Report of the Municipal Commissioner on the plague in Bombay for the year ending 31st May... - Volume 2
Disease focus: Plague
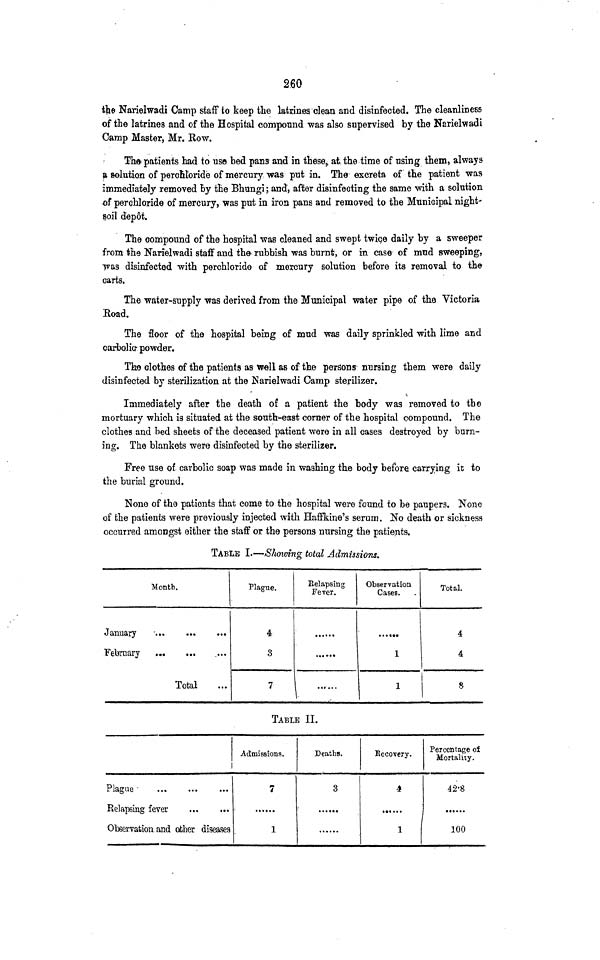
260
the Narielwadi Camp staff to keep the latrines clean and disinfected. The cleanliness
of the latrines and of the Hospital compound was also supervised by the Nsrielwadi
Camp Master, Mr. Row.
Tha patients had to use bed pans and in these^ at. the time of using them, always
» solution of percnloride of mercury was put in. The excreta of the patient was
immediately removed by the Bhungi; and, after disinfecting the same with a solution
of perchloride of mercury, was put in iron pans and removed to the Municipal night-
soil d'ep6t.
The compound of the hospital was cleaned and swept twige daily by a sweeper
from the Narielwadi staff and the rubbish was burnt, or in case of mud sweeping,
was disinfected with perchloride of mercury solution before its removal to the
carts,
The water-supply was derived from the Municipal water pipe of the Victoria
Road.
The floor of the hospital being of mud was daily sprinkled with lime and
carbolic- powder.
Thje clothes of the patients as well as of the persons nursing them were daily
disinfected by sterilization at the Narielwadi Camp sterilizer.
Immediately after the death of a patient the body was removed to the
mortuary which is situated at the south-east corner of the hospital compound. The
clothes and bed sheets of the deceased patient were in all cases destroyed by burn-
ing. The blankets were disinfected by the sterilizer.
Free use of carbolic soap was made in washing the body before, carrying it to
the burial ground.
None of the patients that come to the hospital were found to be paupers. None
of the patients were previously injected with Haffkine's serum. No death or sickness
occurred amongst either the staff or the persons nursing the patients.
TABLE I.—Shoiomg total Admissions.
Month.
January
February
Total
Plague.
4
3
7
Eelapsing
Fever.
Observation
Cases.
......
1
1
Total.
4
4
8
TABLE II.
Plague '
...
...
Relapsing fever
Observation and other diseases
Admissions.
7
......
1
Deaths.
3
Recovery.
4
1
Percentage of
Mortality.
42'8
100